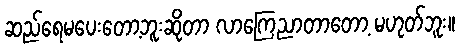
ဆည်ရေမပေးတော့ဘူးဆိုတာ လာကြေညာတာတော့ မဟုတ်ဘူး။